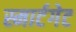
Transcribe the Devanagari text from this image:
स्मार्टगेट